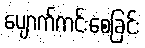
ပျောက်ကင်းစေခြင်း